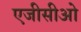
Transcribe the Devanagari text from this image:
एजीसीओ